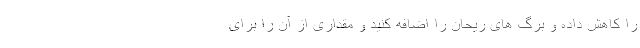
را کاهش داده و برگ های ریحان را اضافه کنید و مقداری از آن را برای